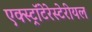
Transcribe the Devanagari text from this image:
एक्स्ट्रॉटेरेस्टेरीयल